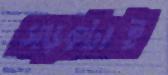
সড়কটাই